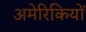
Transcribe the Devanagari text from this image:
अमेरिकियों